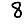
Digit: 8